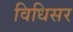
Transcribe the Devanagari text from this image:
विधिसर